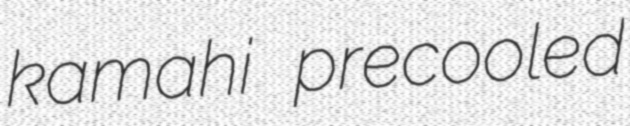
kamahi precooled